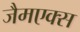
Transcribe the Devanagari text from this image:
जैमएक्स